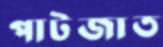
পাটজাত